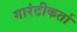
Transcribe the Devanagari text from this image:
गारंटीकर्ता